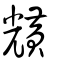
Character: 黋